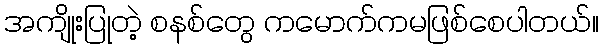
အကျိုးပြုတဲ့ စနစ်တွေ ကမောက်ကမဖြစ်စေပါတယ်။